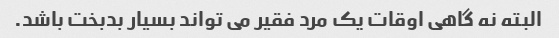
البته نه گاهی اوقات یک مرد فقیر می تواند بسیار بدبخت باشد.